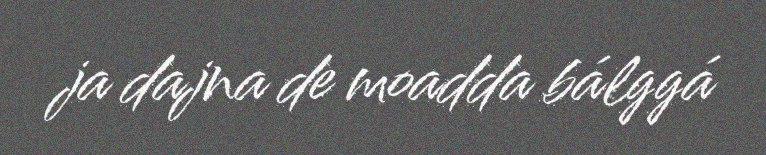
ja dajna de moadda bálggá